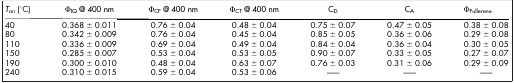
<table><thead><tr><td><b><i>T</i><sub>an</sub> (°C)</b></td><td><b>Φ<sub>IQ</sub> @ 400 nm</b></td><td><b>Φ<sub>CF</sub> @ 400 nm</b></td><td><b>Φ<sub>CT</sub> @ 400 nm</b></td><td><b>C<sub>D</sub></b></td><td><b>C<sub>A</sub></b></td><td><b>Φ<sub>Fullerene</sub></b></td></tr></thead><tbody><tr><td>40</td><td>0.368 ± 0.011</td><td>0.76 ± 0.04</td><td>0.48 ± 0.04</td><td>0.75 ± 0.07</td><td>0.47 ± 0.05</td><td>0.38 ± 0.08</td></tr><tr><td>80</td><td>0.342 ± 0.009</td><td>0.76 ± 0.04</td><td>0.45 ± 0.04</td><td>0.85 ± 0.05</td><td>0.36 ± 0.06</td><td>0.29 ± 0.08</td></tr><tr><td>110</td><td>0.336 ± 0.009</td><td>0.69 ± 0.04</td><td>0.49 ± 0.04</td><td>0.84 ± 0.04</td><td>0.36 ± 0.04</td><td>0.30 ± 0.05</td></tr><tr><td>150</td><td>0.285 ± 0.007</td><td>0.53 ± 0.04</td><td>0.53 ± 0.05</td><td>0.90 ± 0.07</td><td>0.33 ± 0.05</td><td>0.27 ± 0.07</td></tr><tr><td>190</td><td>0.300 ± 0.010</td><td>0.48 ± 0.04</td><td>0.63 ± 0.07</td><td>0.76 ± 0.03</td><td>0.31 ± 0.06</td><td>0.29 ± 0.09</td></tr><tr><td>240</td><td>0.310 ± 0.015</td><td>0.59 ± 0.04</td><td>0.53 ± 0.06</td><td>--------</td><td>--------</td><td>--------</td></tr></tbody></table>